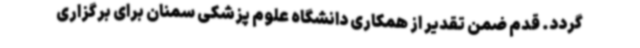
گردد. قدم ضمن تقدیر از همکاری دانشگاه علوم پزشکی سمنان برای برگزاری